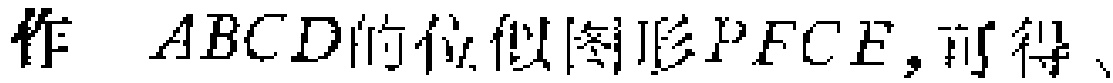
作$\parallelogram ABCD$的位似图形$PFCE$,可得、